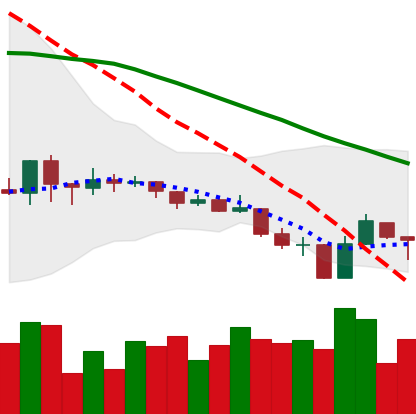
Ticker: ADA-USD
Chart end date: 2019-08-13
Forward return: -3.482%
Label: down_3_5